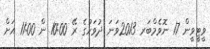
ވީޓީވީން 17 ނޮވެމްބަރ 2013ވަނަ ދުވަހުގެ ރޭ 10:00 ން 11:00 އަށް